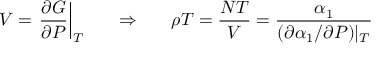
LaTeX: V = \left. \frac { \partial G } { \partial P } \right| _ { T } \ \ \ \ \ \Rightarrow \ \ \ \ \ \rho T = \frac { N T } { V } = \frac { \alpha _ { 1 } } { ( \partial \alpha _ { 1 } / \partial P ) | _ { T } }